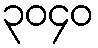
၃၀၄၀